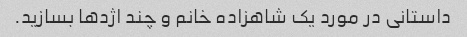
داستانی در مورد یک شاهزاده خانم و چند اژدها بسازید.